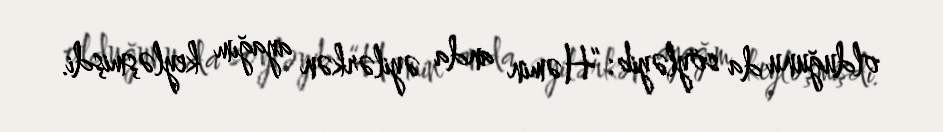
olduğunu da söyləyib: “Həmin anda əyilərkən ayağım keyləşmişdi.